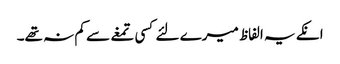
انکے یہ الفاظ میرے لئے کسی تمغے سے کم نہ تھے۔